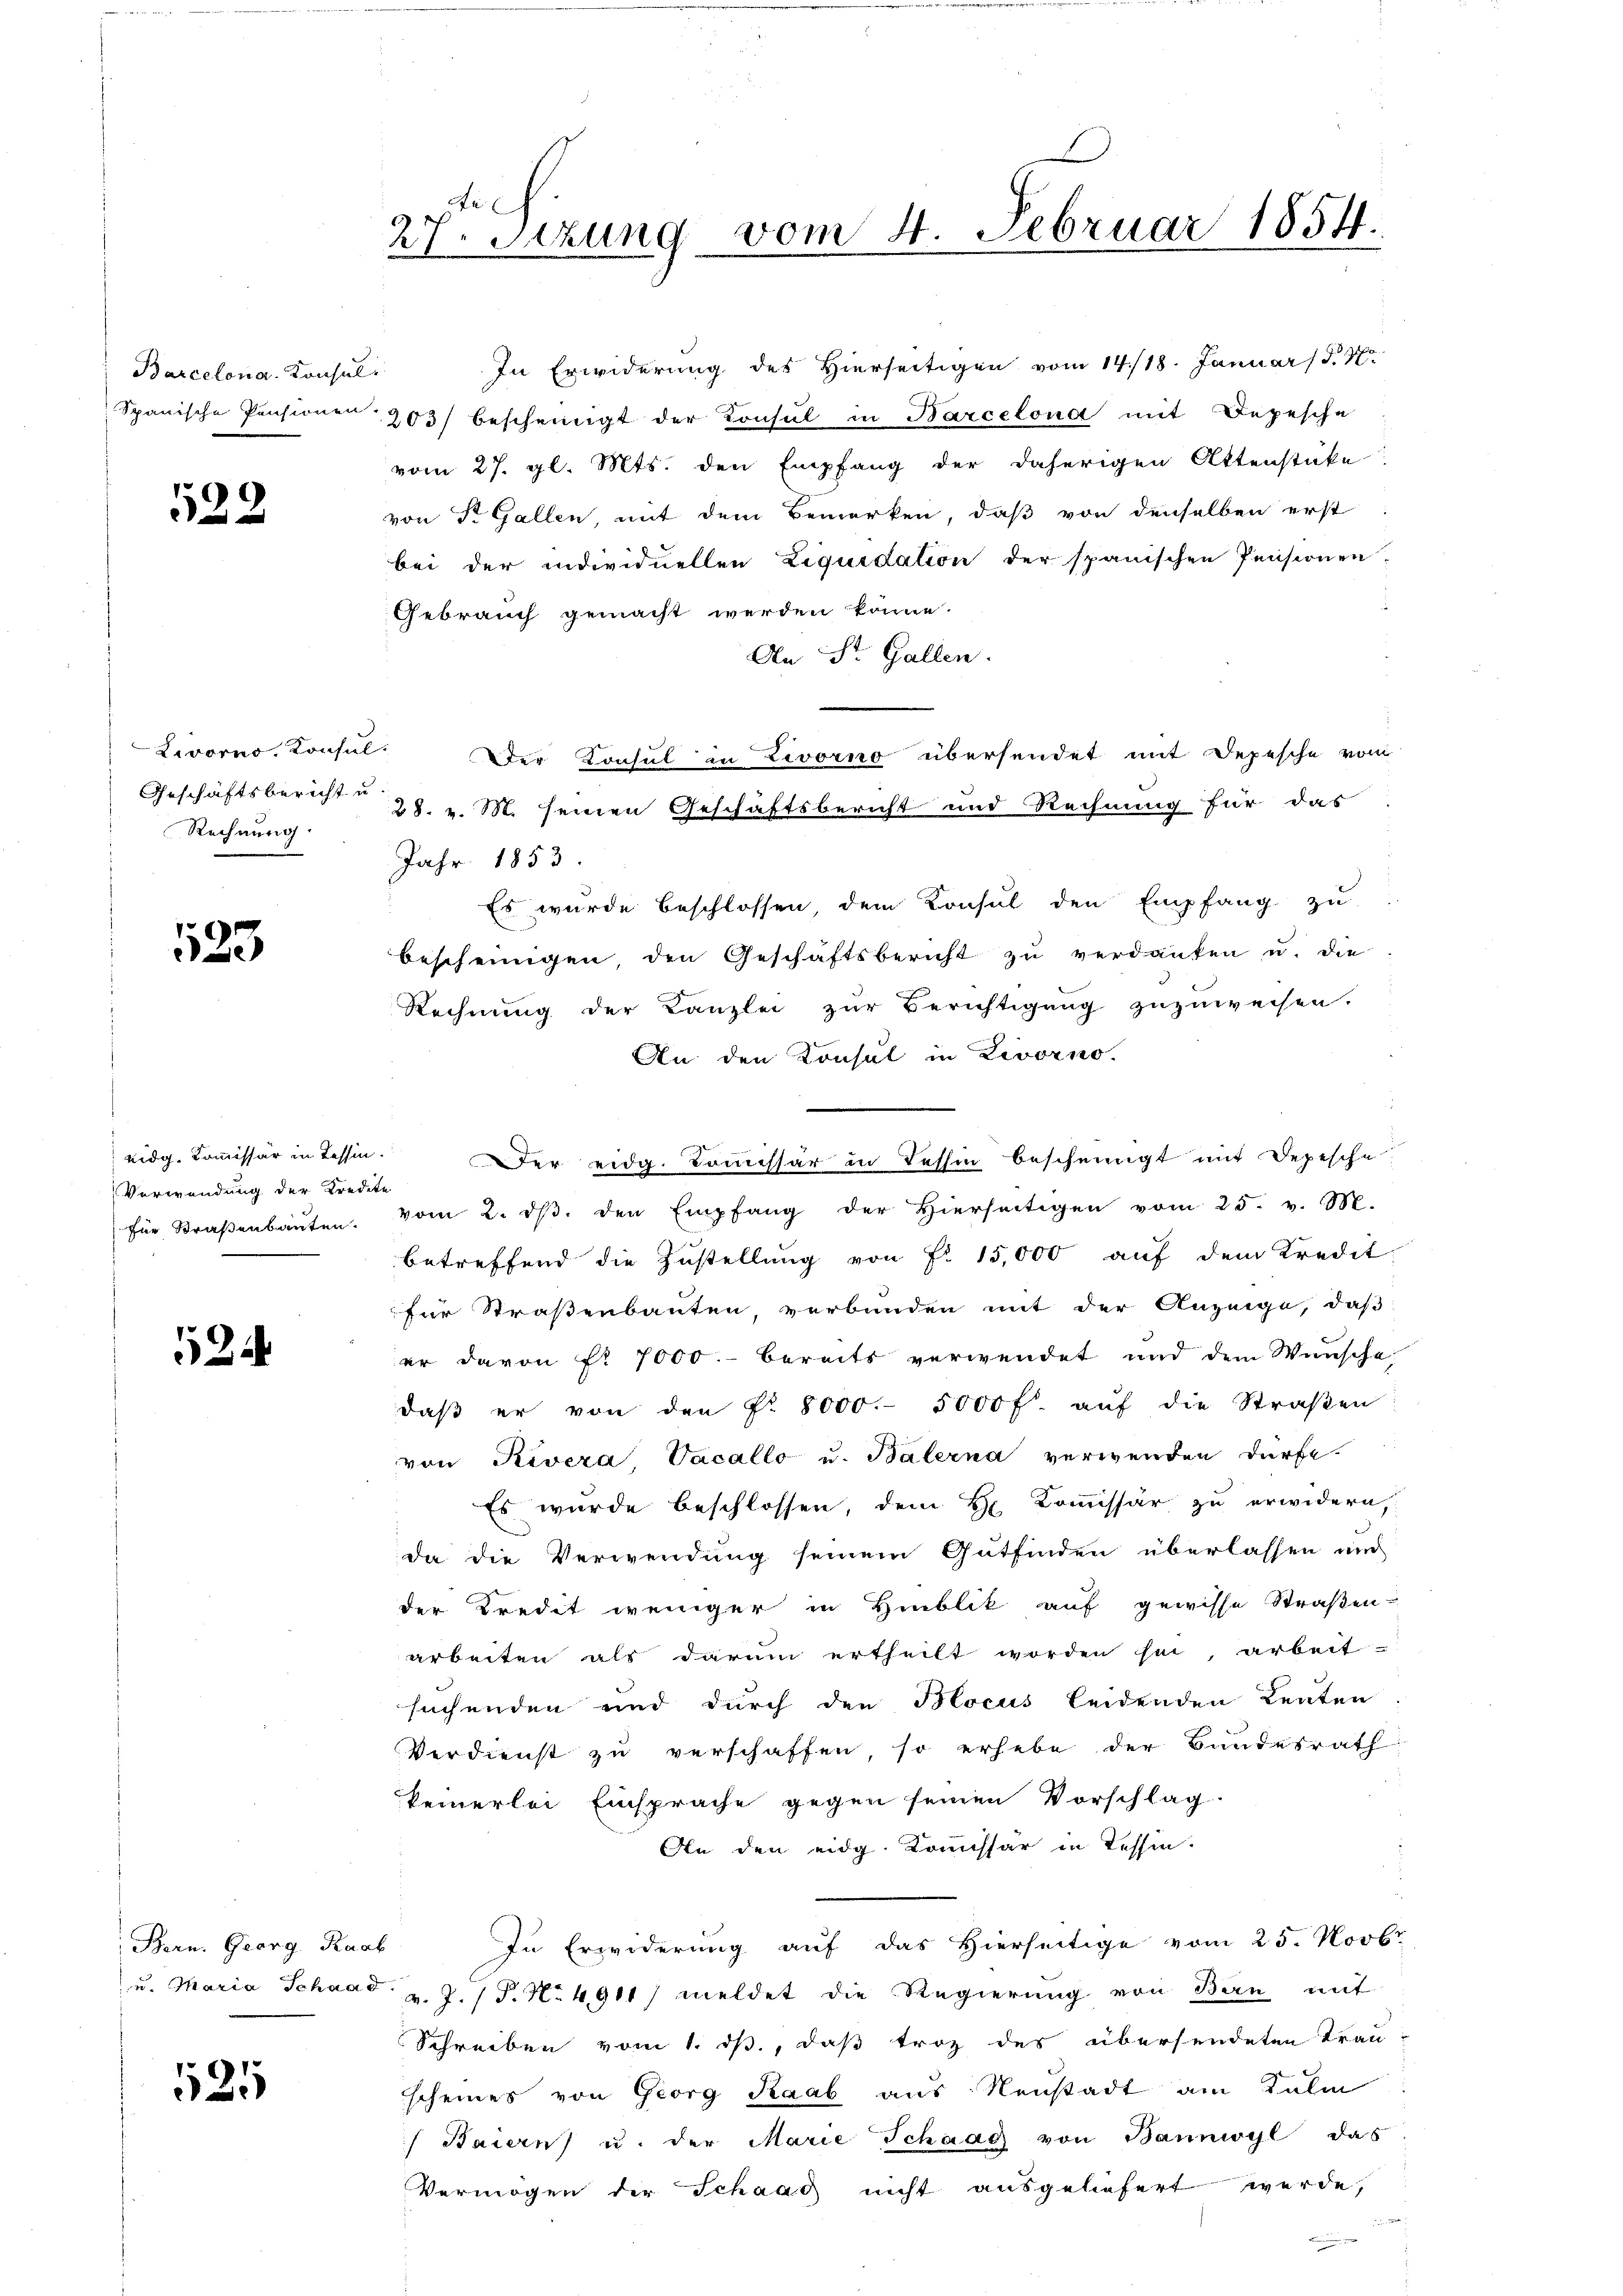
Barcelona, Konsul

522

Livorno. Konsul
Rechnung.

123

Lidg. Kommissär in Tessin.
Verwendung der Kredete

524

Bern. Georg Raab

121

e
27. Sezung vom 4. Februar 1854.

In Erwiderung des Hierseitigen vom 14./18. Januar 18. No
Spanische Pensionen 203) bescheinigt der Konsul in Barcelona mit Depesche
vom 27. gl. Mts. den Empfang der daherigen Attenstüke
von Dr. Gallen, mit dem Bemerken, daß von denselben erst
bei der individuellen Liquidation der spanischen Pensionen,
Gebrauch gemacht werden könne.
An St. Gallen.
Der Konsul in Zivorno übersendet mit Depesche vom
Geschäftsberichte 28. v. M. seinen Geschäftsbericht und Rechnung für das
Jahr 1853.
Es wurde beschlossen, dem Konsul den Empfang zŭ
bescheinigen, den Geschäftsbericht zu verdanken u. die
Rechnung der Kanzlei zur Berichtigung zuzuweisen.
An den Konsul in Livorno.
Der eidg. Commissär in Tessin bescheinigt mit Depesche
für Straβenbaŭten. vom 2. dβ. den Empfang der hierseitigen vom 25. v. M.
betreffend die Zustellung von Fr. 15,000 auf dem Kredit
für Straßenbauten, verbunden mit der Anzeige, daß
er davon fr. 7000.- bereits verwendet und dem Wunsche
daβ er von den fr. 8000.- 5000 f. aŭf die Straβen
von Rivera Vacallo u. Balerna verwenden dürfe.
Es wurde beschlossen, dem H. Kommissär zu erwidern,
da die Verwendung seinem Gutfinden überlassen auch
der Bredet weniger in Hinblik auf gewisse Straßen-
arbeiten als darum ertheilt worden sei, arbeit
suchenden und durch den Blocus leidenden Leuten
Verdienst zu verschaffen so erhebe der Bundesrath
keinerlei Einsprache gegen seinen Vorschlag.
An den eidg. Kommissär in Tessin.
In Erwiderung auf das Hierseitige vom 25. Novbr
u. Maria Schaad. v. J. P. Nr. 4911) meldet die Regierung von Ban mit
Schreiben vom 1. ds., daß troz des übersendeten Trauscheines von Georg Raab aus Neustadt am Kulm
Baiern u. der Marie Schaag von Bannwyl das
)
Vermögen der Schaag nicht ausgeliefert werde,